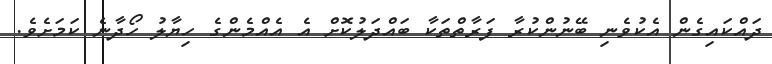
ދައްކައިގެން އެކުވެނި ބޭނުންކުރާ ފަރާތްތަކާ ބައްދަލުކޮށް އެ އެއްމެންގެ ހިޔާލު ހޯދާނެ ކަމަށެވެ.